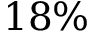
1 8 \%